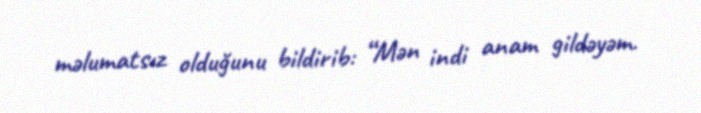
məlumatsız olduğunu bildirib: “Mən indi anam gildəyəm.